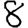
Digit: 8